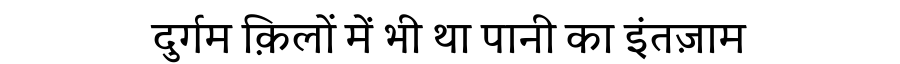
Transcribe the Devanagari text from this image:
दुर्गम क़िलों में भी था पानी का इंतज़ाम